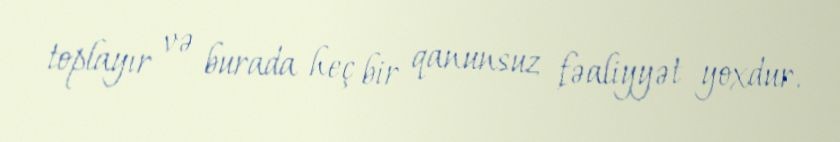
toplayır və burada heç bir qanunsuz fəaliyyət yoxdur.